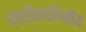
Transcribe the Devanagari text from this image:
प्रतीकगणितीय